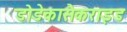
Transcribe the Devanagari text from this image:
डोडेकासैकराइड